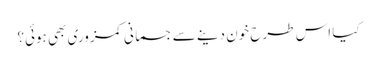
کیا اس طرح خون دینے سے جسمانی کمزوری بھی ہوئی؟